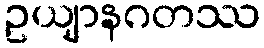
ဥယျာနဂတဿ